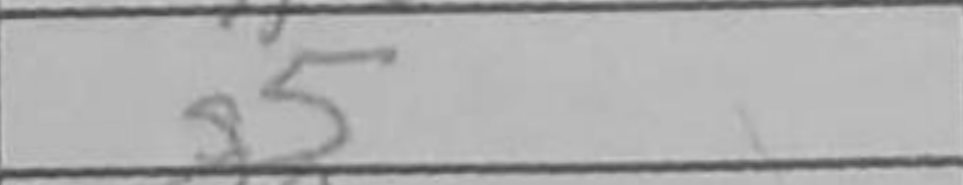
Transcription: g5